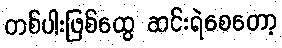
တစ်ပါးဖြစ်ထွေ ဆင်းရဲစေတော့